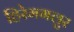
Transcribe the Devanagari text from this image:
हिरेमगलुर